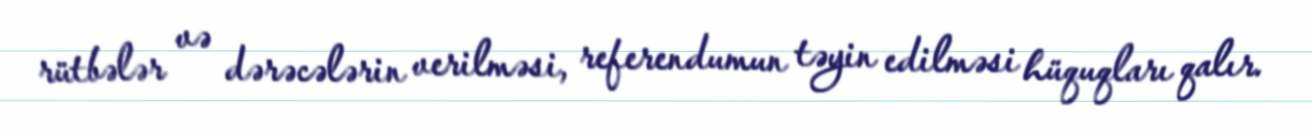
rütbələr və dərəcələrin verilməsi, referendumun təyin edilməsi hüquqları qalır.